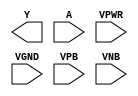
module sky130_fd_sc_ms__inv (
    Y   ,
    A   ,
    VPWR,
    VGND,
    VPB ,
    VNB
);

    output Y   ;
    input  A   ;
    input  VPWR;
    input  VGND;
    input  VPB ;
    input  VNB ;
endmodule